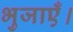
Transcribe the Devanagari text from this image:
भुजाएँ।